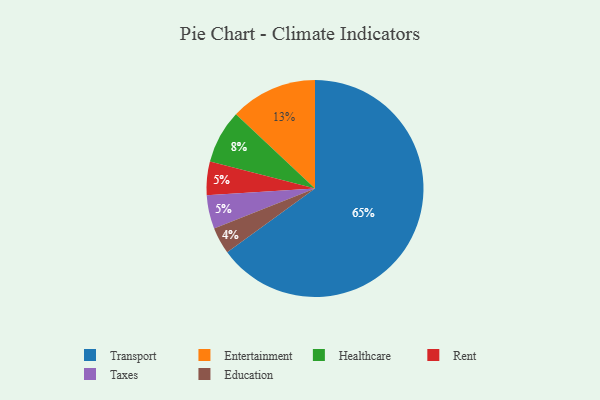
{"axis": {"x": "Category", "y": "Percentage"}, "legend": ["Education", "Entertainment", "Healthcare", "Rent", "Taxes", "Transport"], "data": [{"x": "Entertainment", "y": 13, "type": "Entertainment"}, {"x": "Rent", "y": 5, "type": "Rent"}, {"x": "Transport", "y": 65, "type": "Transport"}, {"x": "Education", "y": 4, "type": "Education"}, {"x": "Healthcare", "y": 8, "type": "Healthcare"}, {"x": "Taxes", "y": 5, "type": "Taxes"}]}